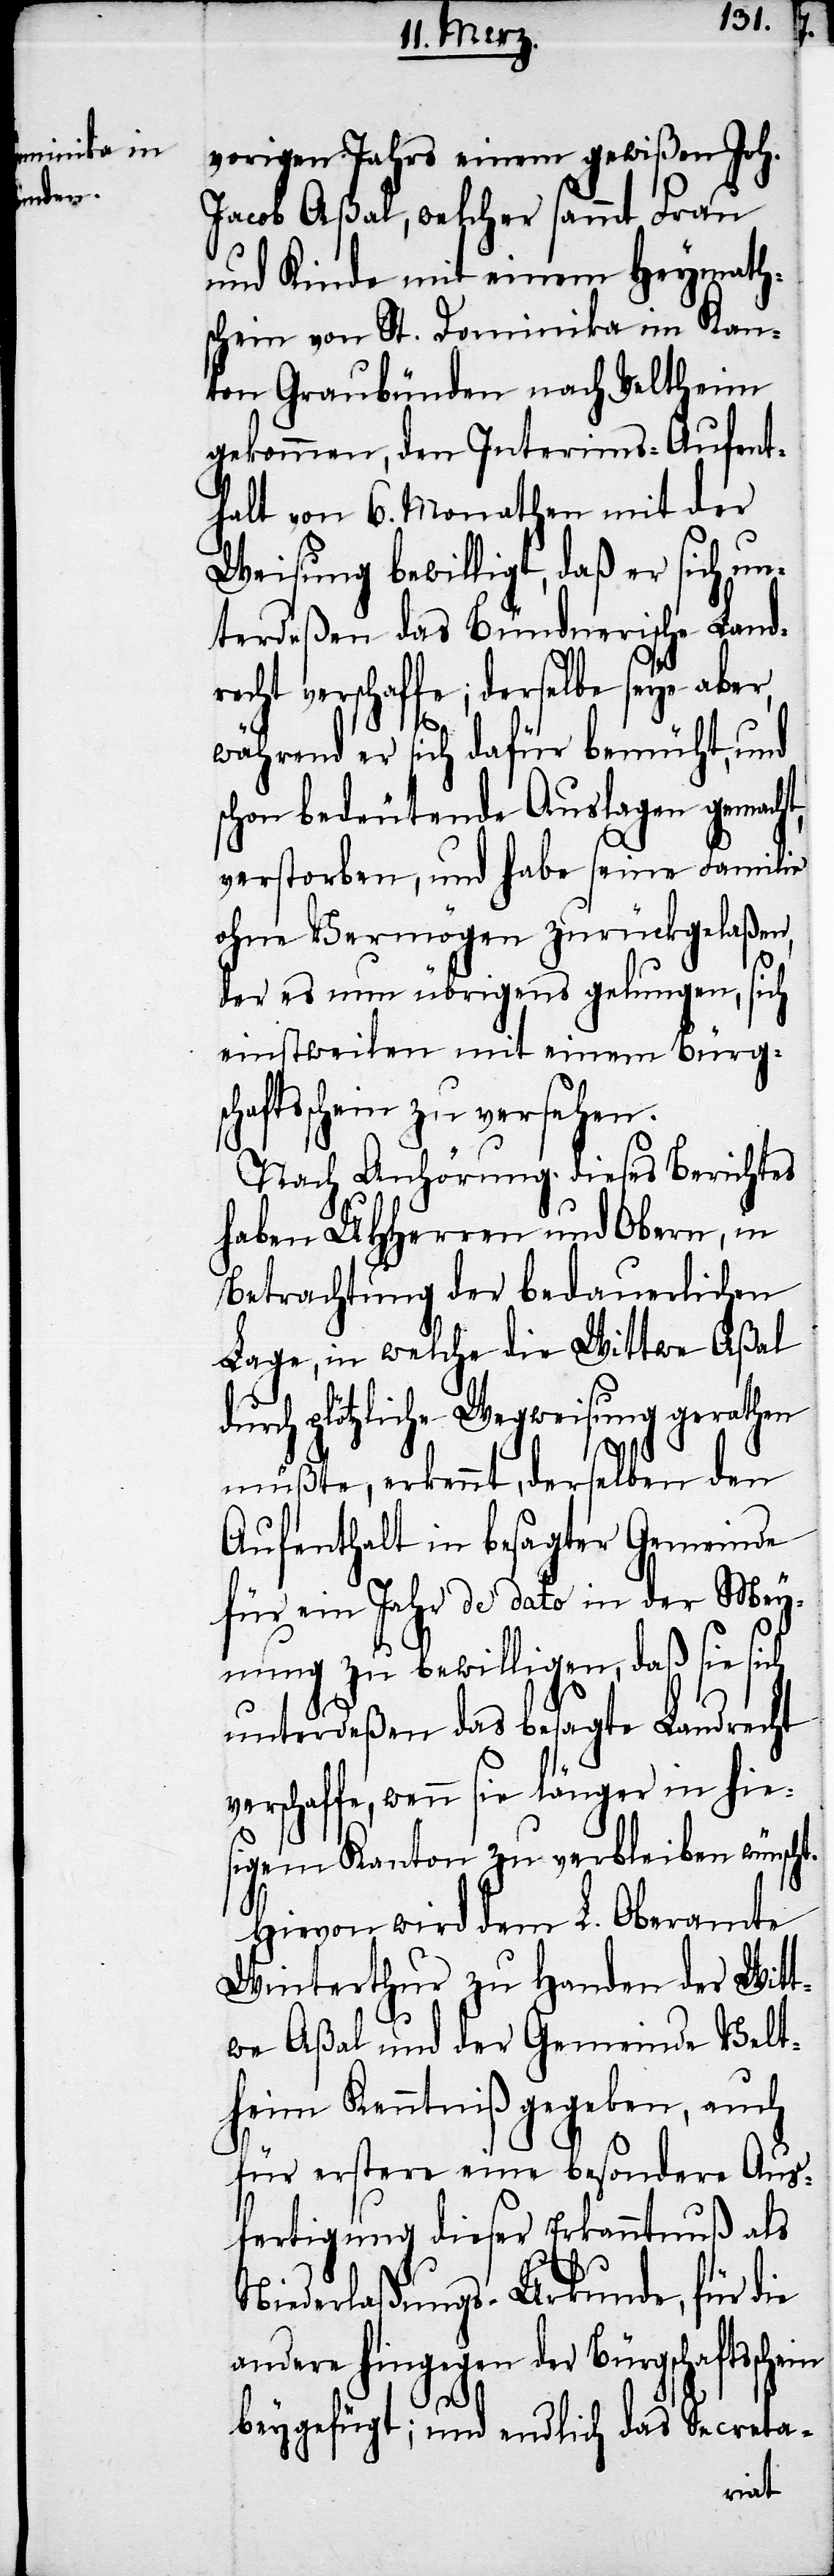
vorigen Jahrs einem gewißen Joh.
Jacob Aßal, welcher sammt Frau
und Kinde mit einem Heymath¬
schein von St. Dominika im Kan¬
ton Graubünden nach Veltheim
gekommen, den Interims-Aufent¬
halt von 6. Monathen mit der
Weisung bewilligt, daß er sich un¬
terdeßen das Bündnerische Land¬
recht verschaffe; derselbe seye aber,
während er sich dafür bemüht, und
schon bedeutende Auslagen gemacht,
verstorben, und habe seine Familie
ohne Vermögen zurückgelaßen,
der es nun übrigens gelungen, sich
einstweilen mit einem Bürgsc¬
haftsschein zu versehen.
Nach Anhörung dieses Berichtes
haben UHHerren und Obern, in
Betrachtung der bedauerlichen
Lage, in welche die Wittwe Aßal
durch plötzliche Wegweisung gerathen
müßte, erkennt, derselben den
Aufenthalt in besagter Gemeinde
für ein Jahr de dato in der Mey¬
nung zu bewilligen, daß sie sich
unterdeßen das besagte Landrecht
verschaffe, wenn sie länger in hie¬
sigem Kanton zu verbleiben wünsch¬
Hievon wird dem L. Oberamte
Winterthur zu Handen der Witt¬
we Aßal und der Gemeinde Velt¬
heim Kenntniß gegeben, auch
für erstere eine besondere Aus¬
fertigung dieser Erkanntnuß als
Niederlaßungs-Urkunde, für die
andere hingegen der Bürgschaftsschein
beygefügt; und endlich das Secreta-

t.